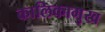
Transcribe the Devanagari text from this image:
कालिकामुख